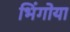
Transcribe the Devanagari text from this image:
भिंगोया